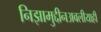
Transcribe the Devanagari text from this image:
निझामुद्दीनअवलीयाही